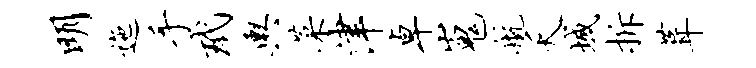
明迤手玳舆菜津卓嵬航夭域拆葺